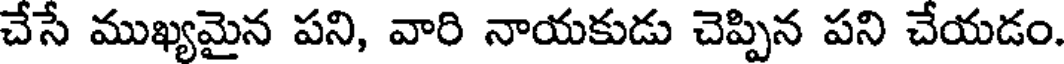
చేసే ముఖ్యమైన పని, వారి నాయకుడు చెప్పిన పని చేయడం.